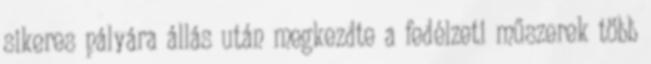
sikeres pályára állás után megkezdte a fedélzeti műszerek több